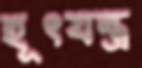
হূৎযন্ত্র